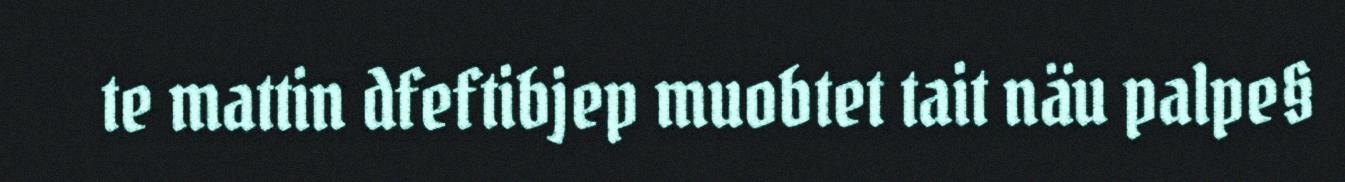
te mattin dfeftibjep muobtet tait näu palpe§